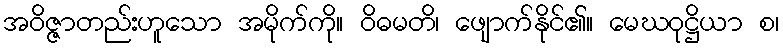
အဝိဇ္ဇာတည်းဟူသော အမိုက်ကို။ ဝိဓမတိ၊ ဖျောက်နိုင်၏။ မေဃဝုဋ္ဌိယာ စ၊